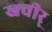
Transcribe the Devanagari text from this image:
खचीर्